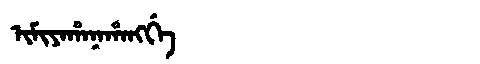
Manchu: ᡳᠮᡳᠶᠠᡥᠠᠨᠠᡥᠠᠩᡤᡝ
Romanization: IMIYAHANAHANGGE